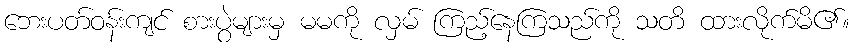
ဘေးပတ်ဝန်းကျင် စားပွဲများမှ မမကို လှမ် ကြည့်နေကြသည်ကို သတိ ထားလိုက်မိ၏။